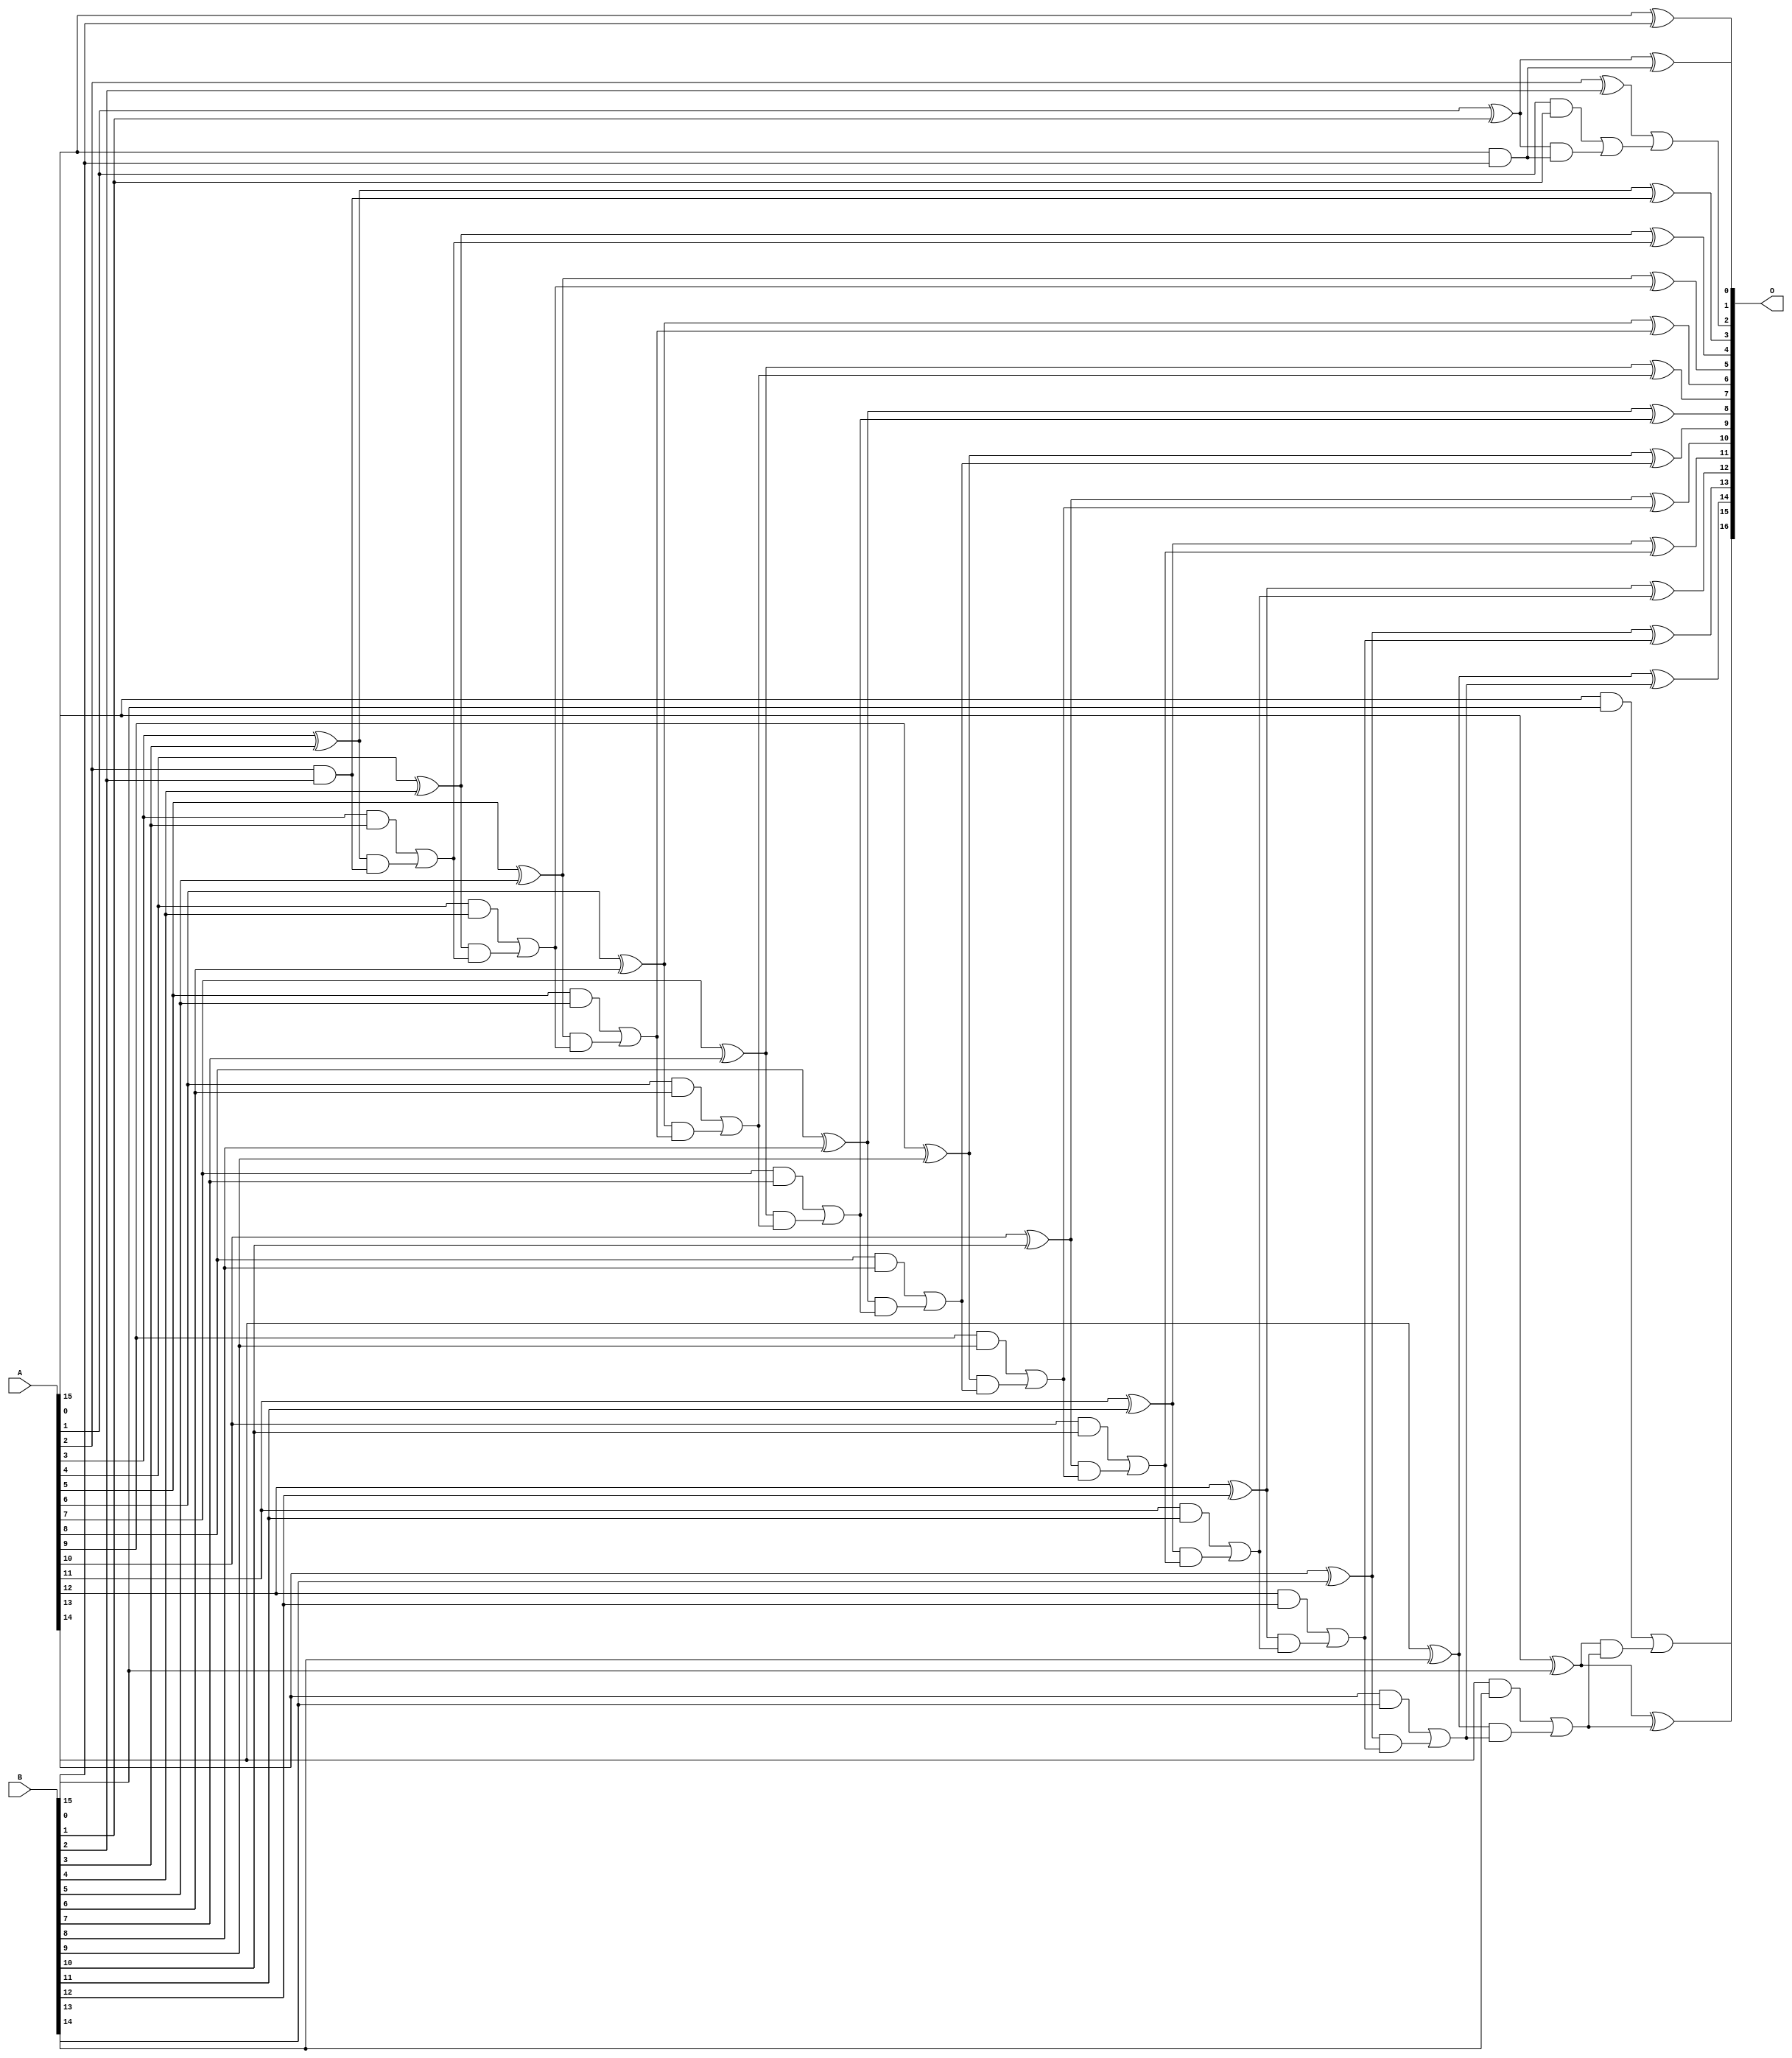
/***
* This code is a part of EvoApproxLib library (ehw.fit.vutbr.cz/approxlib) distributed under The MIT License.
* When used, please cite the following article(s):  
* This file contains a circuit from a sub-set of pareto optimal circuits with respect to the pwr and mre parameters
***/
// MAE% = 0.00061 %
// MAE = 0.8 
// WCE% = 0.0031 %
// WCE = 4.0 
// WCRE% = 50.00 %
// EP% = 18.75 %
// MRE% = 0.0016 %
// MSE = 3.0 
// PDK45_PWR = 0.069 mW
// PDK45_AREA = 144.5 um2
// PDK45_DELAY = 1.11 ns


module add16u_0DF(A, B, O);
  input [15:0] A, B;
  output [16:0] O;
  wire sig_33, sig_34, sig_35, sig_36, sig_38, sig_39;
  wire sig_40, sig_43, sig_44, sig_45, sig_46, sig_48;
  wire sig_49, sig_50, sig_51, sig_53, sig_54, sig_55;
  wire sig_56, sig_58, sig_59, sig_60, sig_61, sig_63;
  wire sig_64, sig_65, sig_66, sig_68, sig_69, sig_70;
  wire sig_71, sig_73, sig_74, sig_75, sig_76, sig_78;
  wire sig_79, sig_80, sig_81, sig_83, sig_84, sig_85;
  wire sig_86, sig_88, sig_89, sig_90, sig_91, sig_93;
  wire sig_94, sig_95, sig_96, sig_98, sig_99, sig_100;
  wire sig_101, sig_103, sig_104, sig_105, sig_106;
  assign O[0] = A[0] ^ B[0];
  assign sig_33 = A[0] & B[0];
  assign sig_34 = A[1] ^ B[1];
  assign sig_35 = A[1] & B[1];
  assign sig_36 = sig_34 & sig_33;
  assign O[1] = sig_34 ^ sig_33;
  assign sig_38 = sig_35 | sig_36;
  assign sig_39 = A[2] ^ B[2];
  assign sig_40 = A[2] & B[2];
  assign O[2] = sig_39 | sig_38;
  assign sig_43 = sig_40;
  assign sig_44 = A[3] ^ B[3];
  assign sig_45 = A[3] & B[3];
  assign sig_46 = sig_44 & sig_43;
  assign O[3] = sig_44 ^ sig_43;
  assign sig_48 = sig_45 | sig_46;
  assign sig_49 = A[4] ^ B[4];
  assign sig_50 = A[4] & B[4];
  assign sig_51 = sig_49 & sig_48;
  assign O[4] = sig_49 ^ sig_48;
  assign sig_53 = sig_50 | sig_51;
  assign sig_54 = A[5] ^ B[5];
  assign sig_55 = A[5] & B[5];
  assign sig_56 = sig_54 & sig_53;
  assign O[5] = sig_54 ^ sig_53;
  assign sig_58 = sig_55 | sig_56;
  assign sig_59 = A[6] ^ B[6];
  assign sig_60 = A[6] & B[6];
  assign sig_61 = sig_59 & sig_58;
  assign O[6] = sig_59 ^ sig_58;
  assign sig_63 = sig_60 | sig_61;
  assign sig_64 = A[7] ^ B[7];
  assign sig_65 = A[7] & B[7];
  assign sig_66 = sig_64 & sig_63;
  assign O[7] = sig_64 ^ sig_63;
  assign sig_68 = sig_65 | sig_66;
  assign sig_69 = A[8] ^ B[8];
  assign sig_70 = A[8] & B[8];
  assign sig_71 = sig_69 & sig_68;
  assign O[8] = sig_69 ^ sig_68;
  assign sig_73 = sig_70 | sig_71;
  assign sig_74 = A[9] ^ B[9];
  assign sig_75 = A[9] & B[9];
  assign sig_76 = sig_74 & sig_73;
  assign O[9] = sig_74 ^ sig_73;
  assign sig_78 = sig_75 | sig_76;
  assign sig_79 = A[10] ^ B[10];
  assign sig_80 = A[10] & B[10];
  assign sig_81 = sig_79 & sig_78;
  assign O[10] = sig_79 ^ sig_78;
  assign sig_83 = sig_80 | sig_81;
  assign sig_84 = A[11] ^ B[11];
  assign sig_85 = A[11] & B[11];
  assign sig_86 = sig_84 & sig_83;
  assign O[11] = sig_84 ^ sig_83;
  assign sig_88 = sig_85 | sig_86;
  assign sig_89 = A[12] ^ B[12];
  assign sig_90 = A[12] & B[12];
  assign sig_91 = sig_89 & sig_88;
  assign O[12] = sig_89 ^ sig_88;
  assign sig_93 = sig_90 | sig_91;
  assign sig_94 = A[13] ^ B[13];
  assign sig_95 = A[13] & B[13];
  assign sig_96 = sig_94 & sig_93;
  assign O[13] = sig_94 ^ sig_93;
  assign sig_98 = sig_95 | sig_96;
  assign sig_99 = A[14] ^ B[14];
  assign sig_100 = A[14] & B[14];
  assign sig_101 = sig_99 & sig_98;
  assign O[14] = sig_99 ^ sig_98;
  assign sig_103 = sig_100 | sig_101;
  assign sig_104 = A[15] ^ B[15];
  assign sig_105 = A[15] & B[15];
  assign sig_106 = sig_104 & sig_103;
  assign O[15] = sig_104 ^ sig_103;
  assign O[16] = sig_105 | sig_106;
endmodule